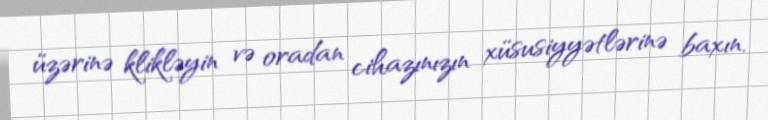
üzərinə klikləyin və oradan cihazınızın xüsusiyyətlərinə baxın.